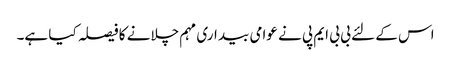
اس کے لئے بی بی ایم پی نے عوامی بیداری مہم چلانے کا فیصلہ کیا ہے۔